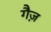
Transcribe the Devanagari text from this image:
गैज़